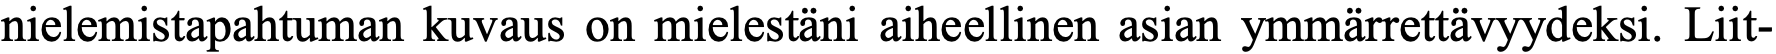
nielemistapahtuman kuvaus on mielestäni aiheellinen asian ymmärrettävyydeksi. Liit-